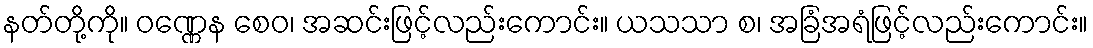
နတ်တို့ကို။ ဝဏ္ဏေန စေဝ၊ အဆင်းဖြင့်လည်းကောင်း။ ယသသာ စ၊ အခြံအရံဖြင့်လည်းကောင်း။